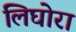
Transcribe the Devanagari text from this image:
लिघोरा